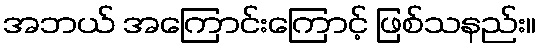
အဘယ် အကြောင်းကြောင့် ဖြစ်သနည်း။